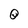
Character: 0